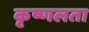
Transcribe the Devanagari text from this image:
कृष्णलता